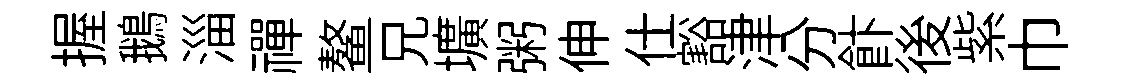
握鵝淄禪鳌兄壙粥伸仕豁津分飰後紫巾